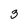
Character: 3